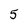
Character: 5